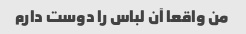
من واقعا آن لباس را دوست دارم